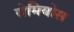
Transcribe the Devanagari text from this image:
रोमियोस